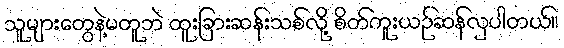
သူများတွေနဲ့မတူဘဲ ထူးခြားဆန်းသစ်လို့ စိတ်ကူးယဉ်ဆန်လှပါတယ်။